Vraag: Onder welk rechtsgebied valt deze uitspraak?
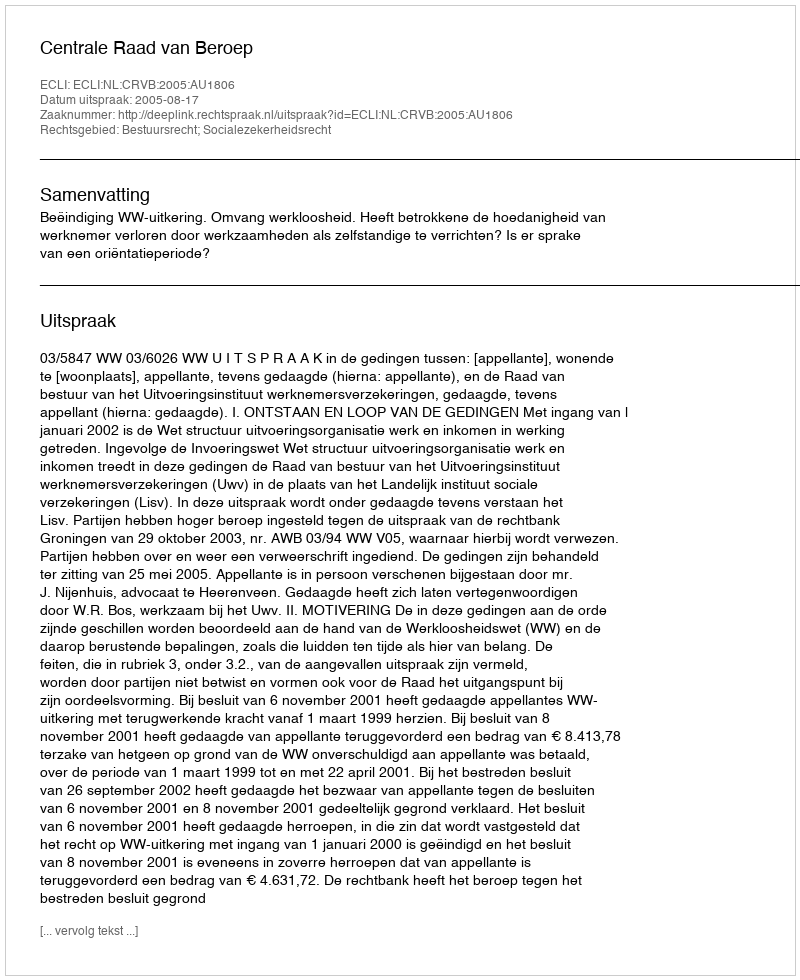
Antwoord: Bestuursrecht; Socialezekerheidsrecht